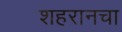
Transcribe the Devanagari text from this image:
शहरानचा